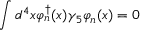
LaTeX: \int d ^ { 4 } x \varphi _ { n } ^ { \dagger } ( x ) \gamma _ { 5 } \varphi _ { n } ( x ) = 0